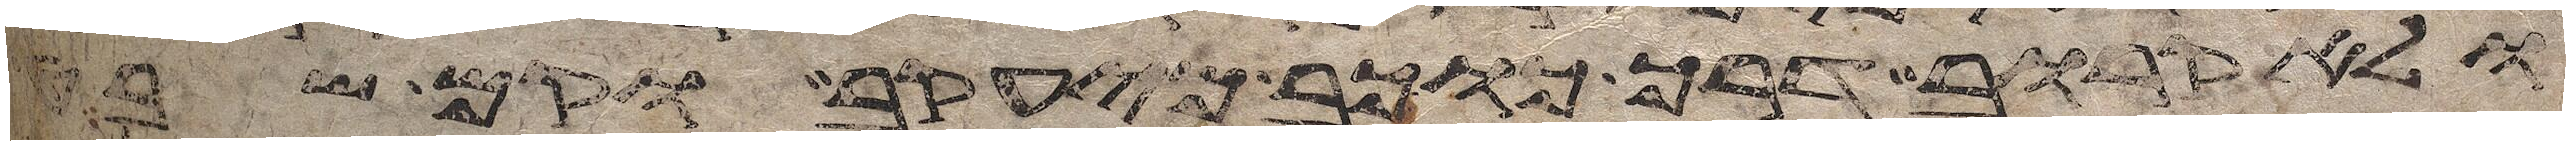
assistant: ולא קרוב דרך כוכב מיעקב וקם שבט